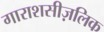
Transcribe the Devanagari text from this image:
गाराशसीज़लिक